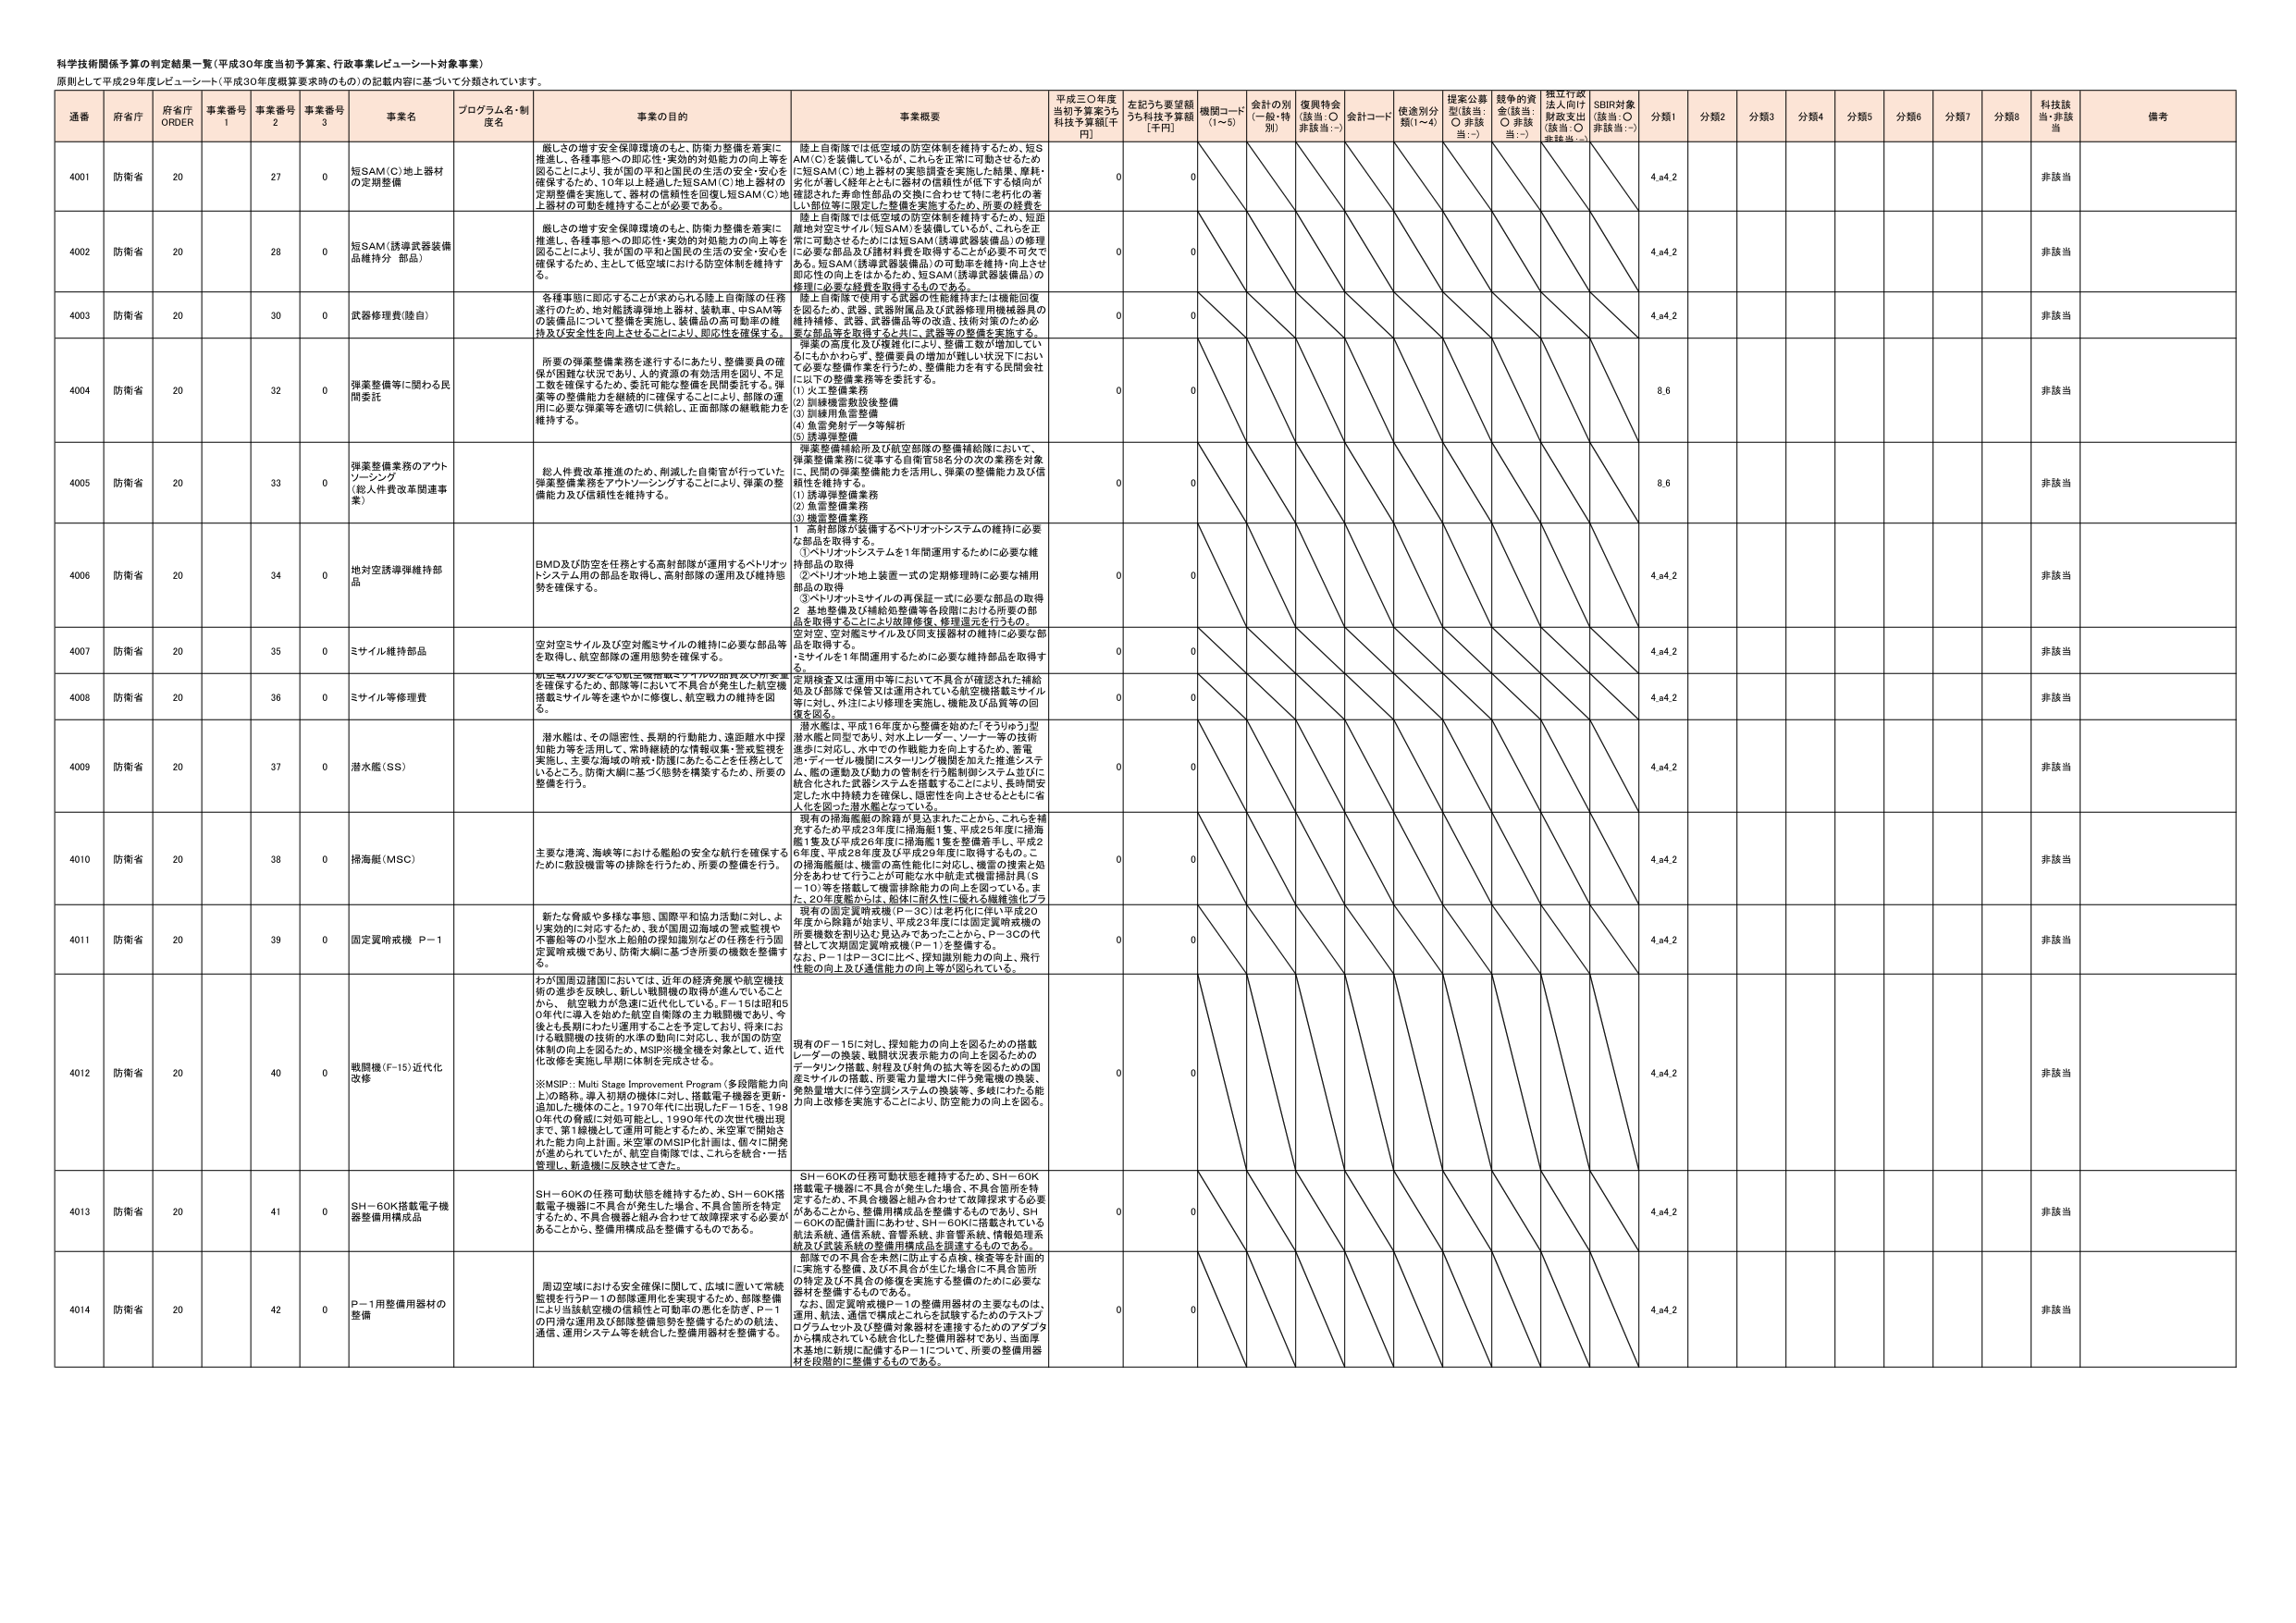
科学技術関係予算の判定結果一覧（平成30年度当初予算案、行政事業レビュー・シート対象事業）
原則として平成29年度レビュー・シート（平成30年度概算要求済みのもの）の記載内容に基づいて分類されています。

| 通番 | 府省庁 | 府省庁 ORDER | 事業番号 1 | 事業番号 2 | 事業番号 3 | 事業名 | プログラム名・制度名 | 事業の目的 | 事業概要 | 平成30年度当初予算案うち科技予算額[千円] | 左記うち要望額うち科技予算額[千円] | 機関コード (1～5) | 会計の別 (一般・特別) | 復興特会 (該当：○ 非該当：-) | 計画コード | 使途別分類(1～4) | 提案公募型(該当：○ 非該当：-) | 競争的資金(該当：○ 非該当：-) | 独立行政法人向け財政支出(該当：○ 非該当：-) | SBIR対象(該当：○ 非該当：-) | 分類1 | 分類2 | 分類3 | 分類4 | 分類5 | 分類6 | 分類7 | 分類8 | 科技該当・非該当 | 備考 |
|------|--------|--------------|-------------|-------------|-------------|--------|----------------------|-------------|----------|----------------------------------------|----------------------------------|------------------|------------------|------------------|------------------|------------------|------------------|------------------|------------------|------------------|------------------|------------------|------------------|------------------|------------------|------------------|------------------|------------------|------------------|------------------|------------------|------------------|------------------|
| 4001 | 防衛省 | 20 | 27 | 0 | 短SAM（C）地上器材の定期整備 | | 艦上の増す安全保障環境のもと、防衛力整備を着実に推進し、各種事態への即応性・実効的対処能力の向上等を図ることにより、我が国の平和と国民の生活の安全・安心を確保するため、10年以上経過した短SAM（C）地上器材の定期整備を実施して、器材の信頼性を回復し短SAM（C）地上器材の可用性を維持することが必要である。 | 陸上自衛隊では低空域の防空体制を維持するため、短SAM（C）を装備しているが、これらを正常に可動させるため、短SAM（C）地上器材の実態調査を実施した結果、摩耗・劣化が著しく経年とともに器材の信頼性が低下する傾向が確認された。寿命性部品の交換に合わせて特に老朽化の著しい部位等に限定した整備を実施するため、所要の経費を | 0 | 0 | | | | | | | | | | 4,a4.2 | | | | | | | | | 非該当 | |
| 4002 | 防衛省 | 20 | 28 | 0 | 短SAM（誘導武器装備品機材分 部品） | | 艦上の増す安全保障環境のもと、防衛力整備を着実に推進し、各種事態への即応性・実効的対処能力の向上等を図ることにより、我が国の平和と国民の生活の安全・安心を確保するため、主として低空域における防空体制を維持する | 陸上自衛隊では低空域の防空体制を維持するため、短距離地対空SAM（短SAM）を装備しているが、これらを正常に可動させるためには短SAM（誘導武器装備品）の修理に必要な部品及び諸材料費を要する。ここが必要不可欠である。短SAM（誘導武器装備品）の可用性を維持・向上させ即応性の向上をはかるため、短SAM（誘導武器装備品）の修理に必要な経費を取得するものである。 | 0 | 0 | | | | | | | | | | | 4,a4.2 | | | | | | | | | 非該当 | |
| 4003 | 防衛省 | 20 | 30 | 0 | 武器修理費（陸自） | | 各種事態に即応することが求められる陸上自衛隊の任務遂行のため、地対艦誘導弾地上器材、装軌車、中SAM等の装備品について整備を実施し、装備品の高可用率の維持及び安全性を向上させることにより、即応性を確保する。 | 陸上自衛隊で使用する武器の性能維持または機能回復を図るため、武器、武器附属品及び武器修理用機械器具の維持補修、武器、武器備品等の改造、技術対策のため必要な部品等を取得すると共に、武器等の整備を実施する。弾薬の高度化及び複雑化により、整備工数が増加しているにもかかわらず、整備要員の増加が難しい状況下において必要な整備作業を行うため、整備能力を有する民間会社に以下の整備業務等を委託する。<br>(1) 火工整備業務<br>(2) 訓練機雷数設後整備<br>(3) 訓練用魚雷整備<br>(4) 魚雷発射データ等解析<br>(5) 誘導弾整備 | 0 | 0 | | | | | | | | | | | 4,a4.2 | | | | | | | | | 非該当 | |
| 4004 | 防衛省 | 20 | 32 | 0 | 弾薬整備等に関わる民間委託 | | 所要の弾薬整備業務を遂行するにあたり、整備要員の確保が困難な状況であり、人的資源の有効活用を図り、不足工数を確保するため、委託可能な整備を民間委託する。弾薬等の整備能力を継続的に確保することにより、部隊の運用に必要な弾薬等を適切に供給し、正面部隊の戦戦力を維持する。 | 弾薬整備補給所及び航空部隊の整備補給隊において、弾薬整備業務に従事する自衛官58名分の次の業務を対象に、民間の弾薬整備能力を活用し、弾薬の整備能力及び信頼性を維持する。<br>(1) 誘導弾整備業務<br>(2) 魚雷整備業務<br>(3) 機雷整備業務 | 0 | 0 | | | | | | | | | | | 8,6 | | | | | | | | | 非該当 | |
| 4005 | 防衛省 | 20 | 33 | 0 | 弾薬整備業務のアウトソーシング（総人件費改革関連事業） | | 総人件費改革推進のため、削減した自衛官が行っていた弾薬整備業務をアウトソーシングすることにより、弾薬の整備能力及び信頼性を維持する。 | 1. 高射部隊が装備するペトリオットシステムの維持に必要な部品を取得する。<br>①ペトリオットシステムを1年間運用するために必要な維持部品の取得<br>②ペトリオット地上装置一式の定期修理時に必要な補用部品の取得<br>③ペトリオットミサイルの再保証一式に必要な部品の取得<br>2. 基地整備及び補給処整備等各段階における所要の部品を取得することにより故障修復、修理還元を行うもの。<br>空対空、空対艦ミサイル及び同支援器材の維持に必要な部品を取得する。<br>ミサイルを1年間運用するために必要な維持部品を取得する。 | 0 | 0 | | | | | | | | | | | 8,6 | | | | | | | | | 非該当 | |
| 4006 | 防衛省 | 20 | 34 | 0 | 地対空誘導弾維持部品 | | BMD及び防空を任務とする高射部隊が運用するペトリオットシステム用の部品を取得し、高射部隊の運用及び維持態勢を確保する。 | 足場検査又は運用中等において不具合が確認された補給品及び部隊で保管又は運用されている航空機搭載ミサイル等に対し、外注により修理を実施し、機能及び品質等の回復を図る。 | 0 | 0 | | | | | | | | | | | 4,a4.2 | | | | | | | | | 非該当 | |
| 4007 | 防衛省 | 20 | 35 | 0 | ミサイル維持部品 | | 空対空ミサイル及び空対艦ミサイルの維持に必要な部品等を取得し、航空部隊の運用態勢を確保する。 | 潜水艦は、平成16年度から整備を始めた「そうりゅう」型潜水艦と同型であり、対水上レーダー、ソナー等の技術進歩に対応し、水中での作戦能力を向上するため、音響泡・ディーゼル機関にスターリング機関を加えた推進システム、艦の運動及び動力の管制を行う艦制御システム並びに統合化された武器システムを搭載することにより、長時間安定した水中待機力を確保し、隠密性を向上させるとともに省人化を図った潜水艦となっている。 | 0 | 0 | | | | | | | | | | | 4,a4.2 | | | | | | | | | 非該当 | |
| 4008 | 防衛省 | 20 | 36 | 0 | ミサイル等修理費 | | 航空機及びクアを含む航空機搭載ミサイルの部品及び所要品を確保するため、部隊等において不具合が発生した航空機搭載ミサイル等を速やかに修復し、航空戦力の維持を図る。 | 現有の掃海艦艇の除籍が見込まれたことから、これらを補充するため平成23年度に掃海艇1隻、平成25年度に掃海艇1隻及び平成26年度に掃海艇1隻を整備着手し、平成26年度、平成28年度及び平成29年度に取得するもの。この掃海艦艇は、機雷の高性能化に対応し、機雷の捜索と処分をあわせて行うことが可能な水中航走式機雷掃討具（S－10）等を搭載して機雷掃除能力の向上を図っている。また、20年度前からは、防衛庁計久保による艦隊強化プラン | 0 | 0 | | | | | | | | | | | 4,a4.2 | | | | | | | | | 非該当 | |
| 4009 | 防衛省 | 20 | 37 | 0 | 潜水艦（SS） | | 潜水艦は、その隠密性、長期的行動能力、遠距離水中探知能力等を活用して、常時継続的な情報収集・警戒監視を実施し、主要な海域の哨戒・防護にあたることを任務としているところ。防衛大綱に基づく態勢を構築するため、所要の整備を行う。 | 現有のF－15に対し、探知能力の向上を図るための搭載レーダーの換装、戦闘状況表示能力の向上を図るためのデータリンク搭載、射程及び射角の拡大等を図るための国産ミサイルの搭載、所要電力増強大に伴う発電機の換装、発熱量増大に伴う空調システムの換装等、多岐にわたる能力向上改修を実施することにより、防空能力の向上を図る。 | 0 | 0 | | | | | | | | | | | 4,a4.2 | | | | | | | | | 非該当 | |
| 4010 | 防衛省 | 20 | 38 | 0 | 掃海艇（MSC） | | 主要な港湾、海峡等における艦船の安全な航行を確保するために敷設機雷等の排除を行うため、所要の整備を行う。 | 新たな脅威や多様な事態、国際平和協力活動に対し、より妥当的に対応するため、我が国周辺海域の警戒監視や、不審船等の小型水上船舶の探知識別などの任務を行う固定翼哨戒機であり、防衛大綱に基づき所要の機数を整備する。 | 0 | 0 | | | | | | | | | | | 4,a4.2 | | | | | | | | | 非該当 | |
| 4011 | 防衛省 | 20 | 39 | 0 | 固定翼哨戒機 P－1 | | わが国周辺諸国においては、近年の経済発展や航空機技術の進歩を反映し、新しい戦闘機の取得が進んでいることから、航空戦力が急速に近代化している。F－15は昭和50年代に導入を始めた航空自衛隊の主力戦闘機であり、今後とも長期にわたり運用することを予定しており、将来における戦闘機の技術的水準の動向に対応し、我が国の防空体制の向上を図るため、MSIP※機全機を対象として、近代化改修を実施し早期に体制を完成させる。 | ※MSIP：Multi Stage Improvement Program（多段階能力向上）の略称。導入初期の機体に対し、搭載電子機器を更新・追加した機体のこと。1970年代に出現したF－15を、1980年代の機能に対応可能とし、1990年代の次世代機出現まで、第1線機として運用可能とするため、米空軍で開始された能力向上計画。米空軍のMSIP化計画は、個々に開発が進められていたが、航空自衛隊では、これらを統合・一括管理し、新造機に反映させた。 | 0 | 0 | | | | | | | | | | | 4,a4.2 | | | | | | | | | 非該当 | |
| 4012 | 防衛省 | 20 | 40 | 0 | 戦闘機（F-15）近代化改修 | | SH－60Kの任務可動状態を維持するため、SH－60K搭載電子機器に不具合が発生した場合、不具合箇所を特定するため、不具合機器と組み合わせて故障探求する必要があることから、整備用構成品を整備するものであり、SH－60Kの整備計画にあわせ、SH－60Kに搭載されている航法系統、通信系統、音響系統、非音響系統、情報処理系統及び武装系統の整備用構成品を調達するものである。 | 0 | 0 | | | | | | | | | | | 4,a4.2 | | | | | | | | | 非該当 | |
| 4013 | 防衛省 | 20 | 41 | 0 | SH－60K搭載電子機器整備用構成品 | | 周辺空域における安全確保に関して、広域に置いて常時監視を行うP－1の部隊運用化を実現するため、部隊整備により当該航空機の信頼性と可動率の悪化を防ぎ、P－1の円滑な運用及び部隊整備態勢を整備するための航法、通信、運用システム等を統合した整備用器材を整備する。 | 部隊での不具合を未然に防止する点検、検査等を計画的に実施する整備、及び不具合が生じた場合に不具合箇所の特定及び不具合の修復を実施する整備のために必要な器材を整備するものである。<br>なお、固定翼哨戒機P－1の整備用器材の主要なものは、運用、航法、通信で構成ことれを試験するためのテストプログラムセット及び整備用機器材を標準するためのダブルから構成されている統合化した整備用器材であり、当面厚木基地に新規に配備するP－1について、所要の整備用器材を段階的に整備するものである。 | 0 | 0 | | | | | | | | | | | 4,a4.2 | | | | | | | | | 非該当 | |
| 4014 | 防衛省 | 20 | 42 | 0 | P－1用整備用器材の整備 | | | | 0 | 0 | | | | | | | | | | | 4,a4.2 | | | | | | | | | 非該当 | |